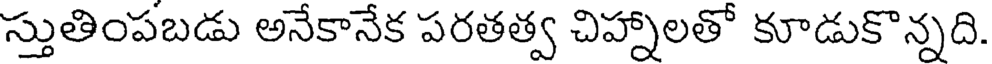
స్తుతింపబడు అనేకానేక పరతత్వ చిహ్నాలతో కూడుకొన్నది.